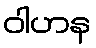
ဝါဟန